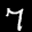
Label: 7